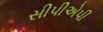
સીપીએપી